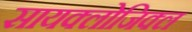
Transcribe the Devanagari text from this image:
सायक्लोजिक्ल